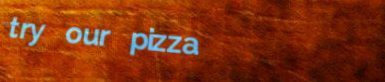
try our pizza